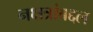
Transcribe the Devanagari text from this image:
नक्षत्रांबद्दल